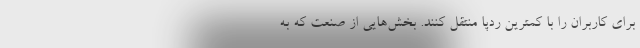
برای کاربران را با کمترین ردپا منتقل کنند. بخش‌هایی از صنعت که به